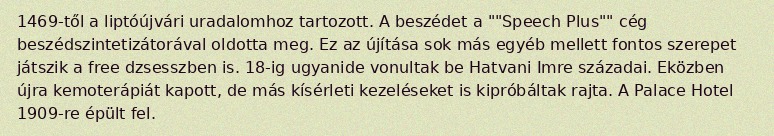
1469-től a liptóújvári uradalomhoz tartozott. A beszédet a ""Speech Plus"" cég beszédszintetizátorával oldotta meg. Ez az újítása sok más egyéb mellett fontos szerepet játszik a free dzsesszben is. 18-ig ugyanide vonultak be Hatvani Imre századai. Eközben újra kemoterápiát kapott, de más kísérleti kezeléseket is kipróbáltak rajta. A Palace Hotel 1909-re épült fel.